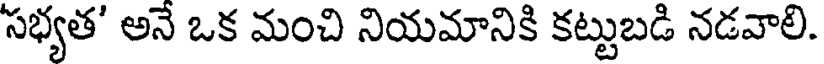
సభ్యత' అనే ఒక మంచి నియమానికి కట్టుబడి నడవాలి.